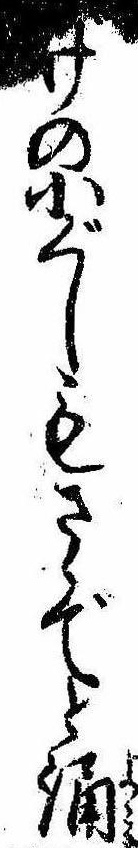
げの小ぐしもさゝでと誦